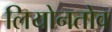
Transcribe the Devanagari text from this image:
लियोनतोव